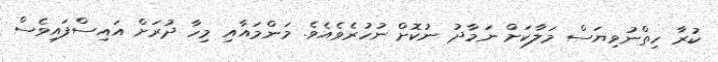
ކުރާ ހިތްނުވިޔަސް މަލާކަށް ނަމާދު ނުކޮށް ނުހުރެވެއެވެ. މަންމައާއި މިހާ ދުރަށް އައިސްފައިވެސް